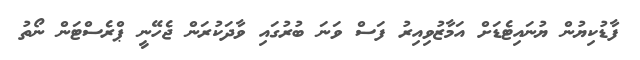
ފާޑުކިޔުން ޔުނައިޓެޑަށް އަމާޒުވިއިރު ފަސް ވަނަ ބުރުގައި ވާދަކުރަން ޖެހޭނީ ޕްރެސްޓަން ނޯތު